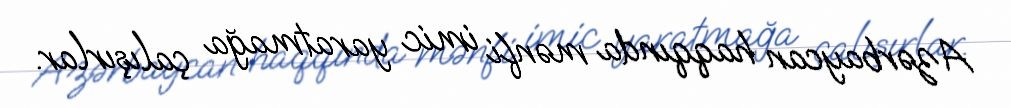
Azərbaycan haqqında mənfi imic yaratmağa çalışırlar.